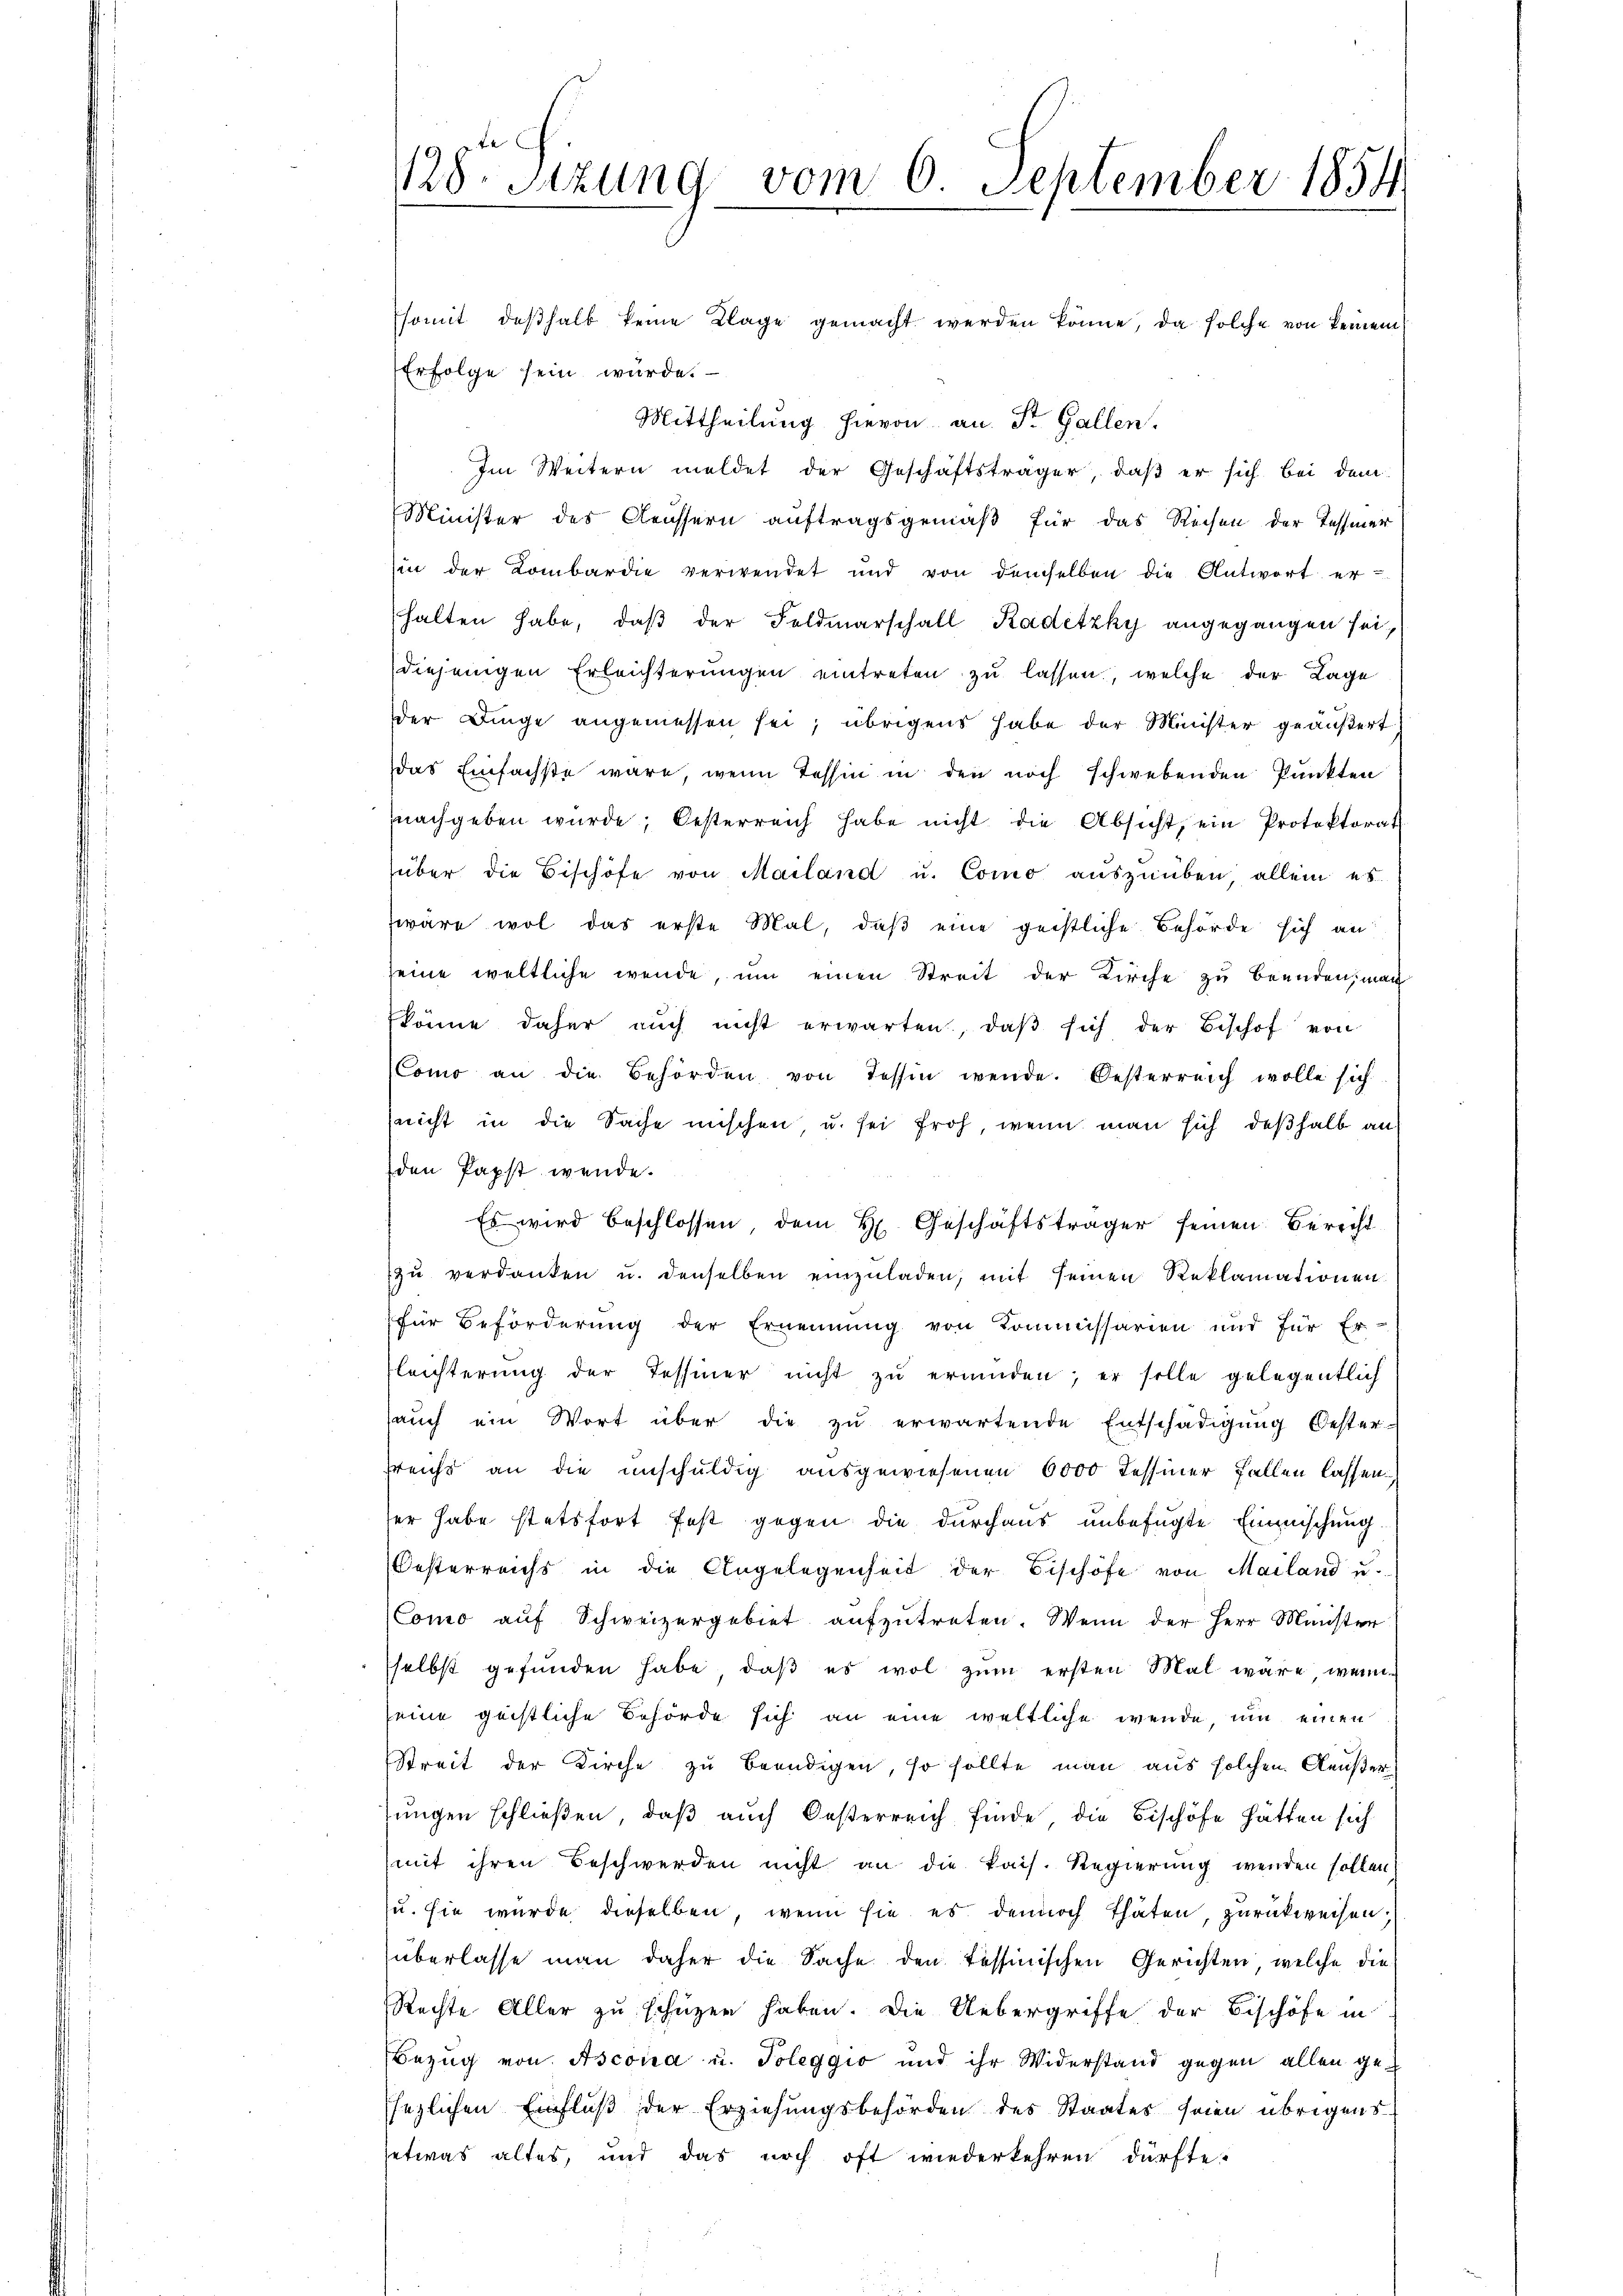
128. Sitzung vom 6. September 1854

Esomit deßhalb keine Klage gemacht werden könne, da solche von keinem
Erfolge sein wurde.
Mittheilung hievon an St. Gallen.
Im Weitern meldet der Geschäftsträger, daß er sich bei dem
Minister des Aeussern auftragsgemäß für das Rechen der Tessiner
in der Lombardie verwendet und von demselben die Antwort er-
halten habe, daß der Feldmarschall Kadetzky angegangen sei,
diejenigen Erleichterungen eintreten zu lassen, welche der Lage
der Dinge angemessen sei, übrigens habe der Minister geäußert
das Einfachste wäre, wenn Tessin in den noch schwebenden Punkten
nachgeben würde, Oesterreich habe nicht die Absicht, ein Protektorat
über die Bischöfe von Mailand u. Como aŭszŭüben allein es.
wäre wol das erste Mal, daß eine geistliche Behörde sich an
seine weltliche werde, um einen Streit der Kirche zu beenden, man
 könne daher aŭch nicht erwarten, daβ sich der Beschof von
Como an die Behörden von Tessin werde. Oesterreich wolle sich
(nicht in die Sache mischen u. sei froh, wenn man sich deßhalb an
den Papst wende.
Es wird beschlossen, dem H. Geschäftsträger seinen Bericht
zŭ verdanken u. denselben einzŭladen, mit seinen Reklamationen
für Beförderung der Ernennung von Kommissarien und für Er-
leichterung der Tessiner nicht zŭ ermüden; er solle gelegentlich
aŭch ein Wort über die zŭ erwartende Entschädigŭng Oester-
sreichs an die unschuldig ausgewiesenen 6000 Tessiner Fallen lassen.
er habe stetsfort fest gegen die durchaus unbefugte Einmischung
Oesterreichs in die Angelegenheit der Bischöfe von Mailand u.
Como auf Schweizergebiet aufzutreten. Wenn der Herr Münster
selbst gefunden habe, daβ es wol zŭm ersten Mal wäre wenn
seine geistliche Behörde sich an eine weltliche wende, um einen
Streit der Kirche zu beendigen, so sollte man aus solchen Aeußerjungen schließen, daß auch Oesterreich finde, die Bischöfe hätten sich
mit ihren Beschwerden nicht an die kais. Regierung wenden sollen)
u. sie wurde dieselben, wenn sie es dennoch thaten, zurückweisen;
überlasse man daher die Sache den Tessinischen Gerichten, welche die
Rechte Aller zu schützen haben. Die Uebergriffe der Bischöfe in
Bezug von Ascona u. Poleggio und ihr Widerstand gegen allen gesezlichen Einfluß der Erziehungsbehörden des Staates seien übrigens
etwas altes, und das noch oft wiederkehren dürfte.